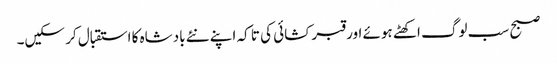
صبح سب لوگ اکھٹے ہوئے اور قبر کشائی کی تا کہ اپنے نئے بادشاہ کا استقبال کر سکیں۔